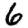
Digit: 6